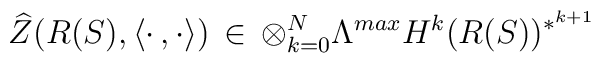
\widehat{Z}(R(S),\langle\cdot\,,\cdot\rangle)\,\in\,\otimes_{k=0}^N\Lambda^{max}H^k(R(S))^{*^{k+1}}